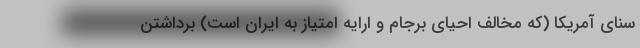
سنای آمریکا (که مخالف احیای برجام و ارایه امتیاز به ایران است) برداشتن